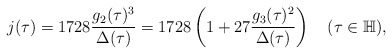
\begin{align*}j(\tau)=1728\frac{g_2(\tau)^3}{\Delta(\tau)}=1728\left(1+27\frac{g_3(\tau)^2}{\Delta(\tau)}\right)\quad(\tau\in\mathbb{H}),\end{align*}